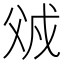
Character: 𰠌